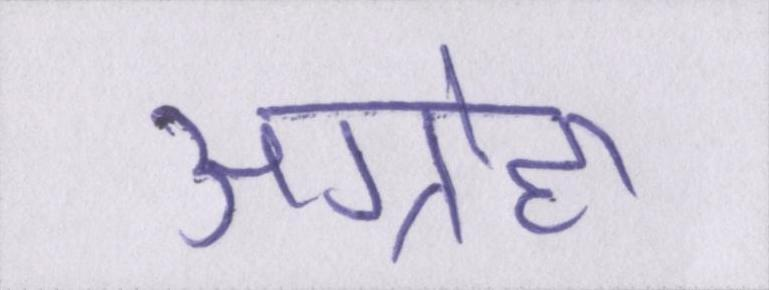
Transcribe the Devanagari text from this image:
अग्रोहा